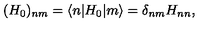
( H _ { 0 } ) _ { n m } = \langle n | H _ { 0 } | m \rangle = \delta _ { n m } H _ { n n } ,